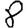
Digit: 8